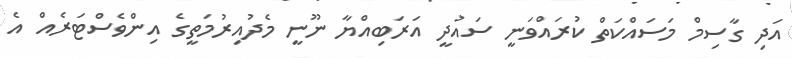
އަދި ގާސިމް މަސައްކަތް ކުރައްވަނީ ސައުދީ އަރަބިއްޔާ ނޫނީ މެދުއިރުމަތީގެ އިންވެސްޓަރެއް އެ